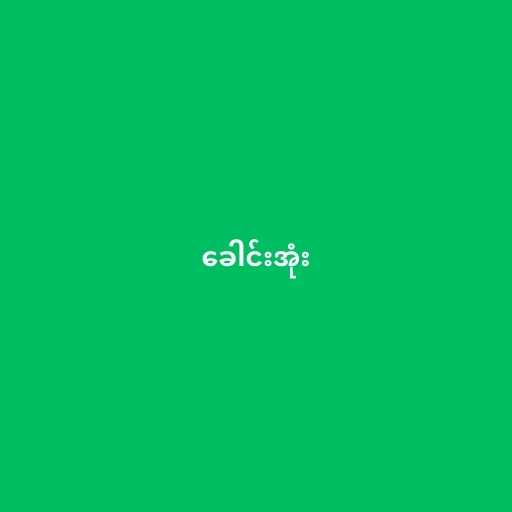
ခေါင်းအုံး